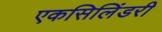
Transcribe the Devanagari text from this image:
एकसिलिंडरी